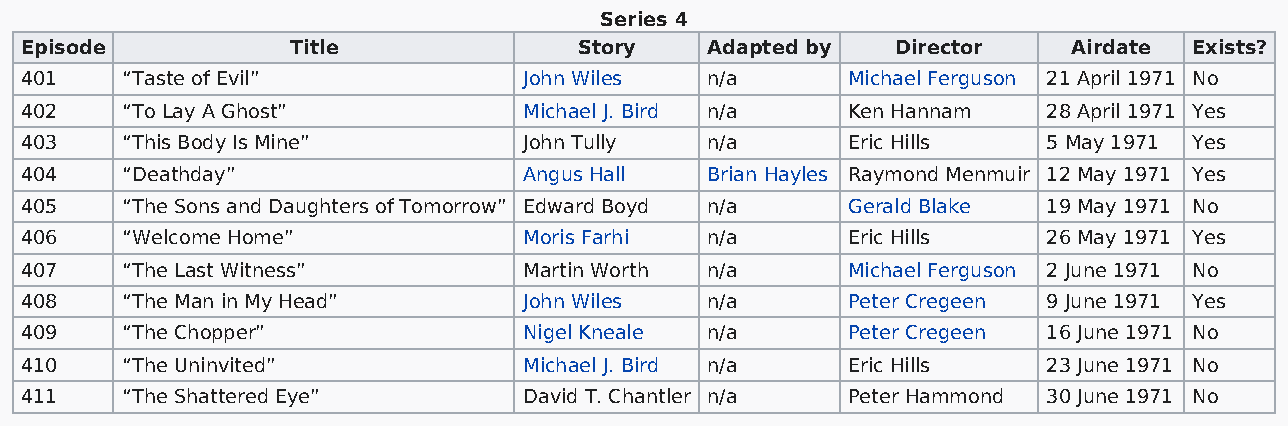
Series 4
 Episode           Title              Story    Adapted by  Director    Airdate Exists?
 401    “Taste of Evil”            John Wiles  n/a      Michael Ferguson 21 April 1971 No
 402    “To Lay A Ghost”           Michael J. Bird n/a  Ken Hannam   28 April 1971 Yes
 403    “This Body Is Mine”        John Tully  n/a      Eric Hills   5 May 1971 Yes
 404    “Deathday”                 Angus Hall  Brian Hayles Raymond Menmuir 12 May 1971 Yes
 405    “The Sons and Daughters of Tomorrow” Edward Boyd n/a Gerald Blake 19 May 1971 No
 406    “Welcome Home”             Moris Farhi n/a      Eric Hills   26 May 1971 Yes
 407    “The Last Witness”         Martin Worth n/a     Michael Ferguson 2 June 1971 No
 408    “The Man in My Head”       John Wiles  n/a      Peter Cregeen 9 June 1971 Yes
 409    “The Chopper”              Nigel Kneale n/a     Peter Cregeen 16 June 1971 No
 410    “The Uninvited”            Michael J. Bird n/a  Eric Hills   23 June 1971 No
 411    “The Shattered Eye”        David T. Chantler n/a Peter Hammond 30 June 1971 No